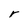
Character: r